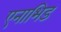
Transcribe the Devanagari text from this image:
एनाभिड